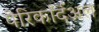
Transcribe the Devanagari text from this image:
पेरिकर्दिअल